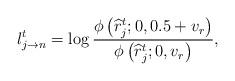
LaTeX: \begin{align*} l_{j\rightarrow n}^t=\log \frac{\phi\left(\widehat{r}_j^t;0,0.5+v_r\right)}{\phi\left(\widehat{r}_j^t;0,v_r\right)}, \end{align*}